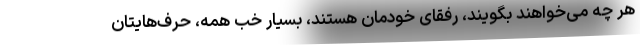
هر چه می‌خواهند بگویند، رفقای خودمان هستند، بسیار خب همه، حرف‌هایتان